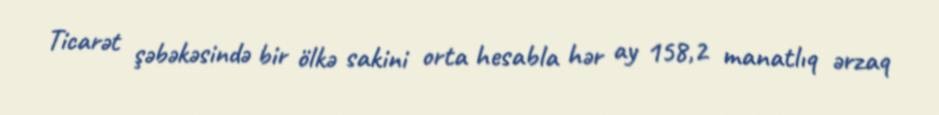
Ticarət şəbəkəsində bir ölkə sakini orta hesabla hər ay 158,2 manatlıq ərzaq